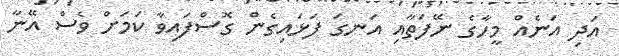
އަދި އަނެއް މީހާގެ ނޭފަތާއި އަނގަ ފަޅައިގެން ގޮސްފައިވާ ކަމަށް ވެސް އޭނާ